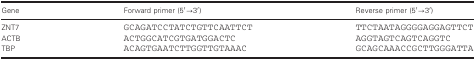
<table><thead><tr><td><b>Gene</b></td><td><b>Forward primer (5′→3′)</b></td><td><b>Reverse primer (5′→3′)</b></td></tr></thead><tbody><tr><td>ZNT7</td><td>GCAGATCCTATCTGTTCAATTCT</td><td>TTCTAATAGGGGAGGAGTTCT</td></tr><tr><td>ACTB</td><td>ACTGGCATCGTGATGGACTC</td><td>AGGTAGTCAGTCAGGTC</td></tr><tr><td>TBP</td><td>ACAGTGAATCTTGGTTGTAAAC</td><td>GCAGCAAACCGCTTGGGATTA</td></tr></tbody></table>